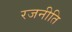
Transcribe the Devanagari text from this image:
रजनीति